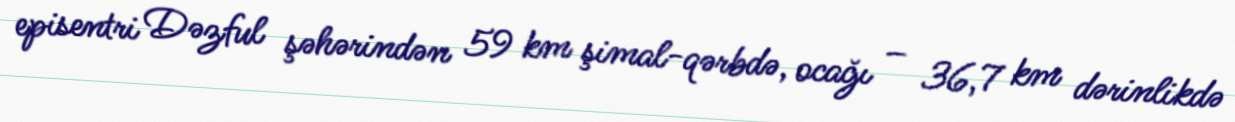
episentri Dəzful şəhərindən 59 km şimal-qərbdə, ocağı – 36,7 km dərinlikdə